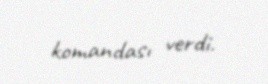
komandası verdi.